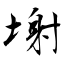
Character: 塮